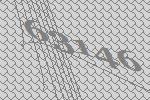
63146